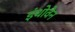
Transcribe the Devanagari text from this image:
इंथोवेन